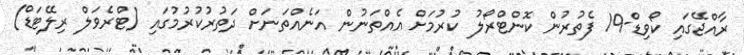
ރާއްޖޭގައި ކޯވިޑް-19 ފެތުރުން ކޮންޓްރޯލު ކުރުމަށް އެއްތަނުން އަނެއްތަނަށް ދަތުރުކުރުމުގައި (ޓްރެވަލް ރިލޭޓަޑް)